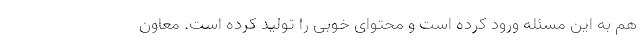
هم به این مسئله ورود کرده است و محتوای خوبی را تولید کرده است. معاون